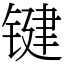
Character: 键